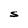
Character: S